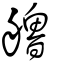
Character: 艪